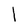
Character: l